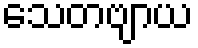
သေတဗျာယ